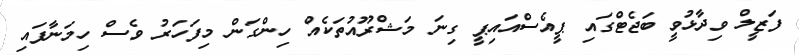
ފަޒީލް ވިދާޅުވީ ބަޖެޓްގައި ޕީއެސްއައިޕީ ގިނަ މަޝްރޫއުތަކެއް ހިންގަން މިފަހަރު ވެސް ހިމަނާފައި